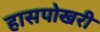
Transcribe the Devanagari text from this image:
हासपोखरी